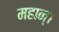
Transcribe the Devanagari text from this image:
महान्‌।